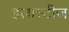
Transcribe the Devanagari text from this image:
इलास्टीज